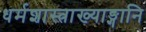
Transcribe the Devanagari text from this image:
धर्मशास्त्राख्याङ्गानि